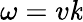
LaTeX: \omega=v\mathit{k}